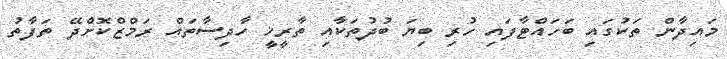
މައިދާން ތަކުގައި ބަހައްޓާފައި ހުރި ބިޔަ ބުދުތަކާއި ތާރީޚީ ހާދިސާތައް ރަމްޒްކޮށްދޭ ތަފާތު